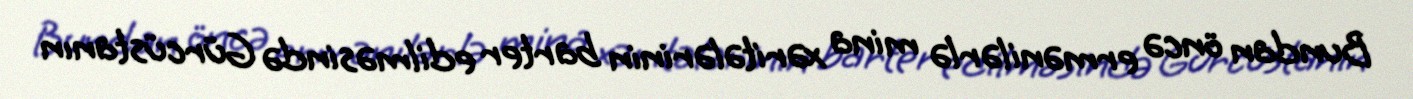
Bundan öncə ermənilərlə mina xəritələrinin barter edilməsində Gürcüstanın